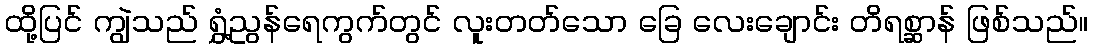
ထို့ပြင် ကျွဲသည် ရွှံ့ညွန်ရေကွက်တွင် လူးတတ်သော ခြေ လေးချောင်း တိရစ္ဆာန် ဖြစ်သည်။